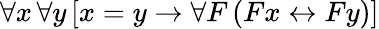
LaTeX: \forall x\, \forall y\, [x=y\rightarrow\forall F\, (Fx\leftrightarrow Fy)]